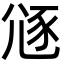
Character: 䝇